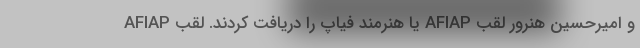
و امیرحسین هنرور لقب AFIAP یا هنرمند فیاپ را دریافت کردند. لقب AFIAP